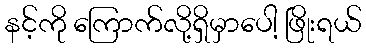
နင့်ကို ကြောက်လို့ရှိမှာပေါ့ ဖြိုးရယ်